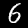
Digit: 6